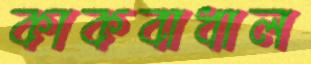
কাকবাধাল